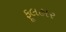
ફૂલહાર